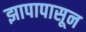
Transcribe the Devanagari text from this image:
झापापासून